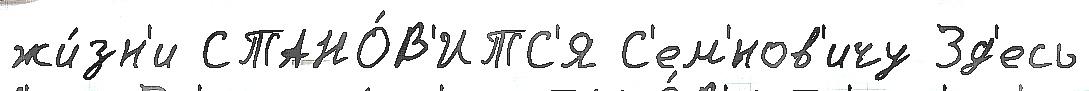
жи́зн'и СТАНО́В'ИТС'Я С'ем'́нов'ичу Зд'есь